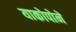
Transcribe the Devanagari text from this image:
याकोपोने